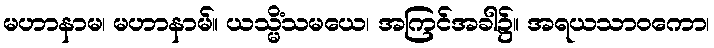
မဟာနာမ၊ မဟာနာမ်။ ယသ္မိံသမယေ၊ အကြင်အခါ၌။ အရယသာဝကော၊